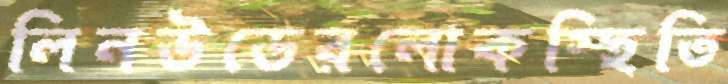
লিনউডেরলোকস্হিতি